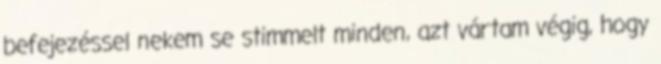
befejezéssel nekem se stimmelt minden, azt vártam végig, hogy